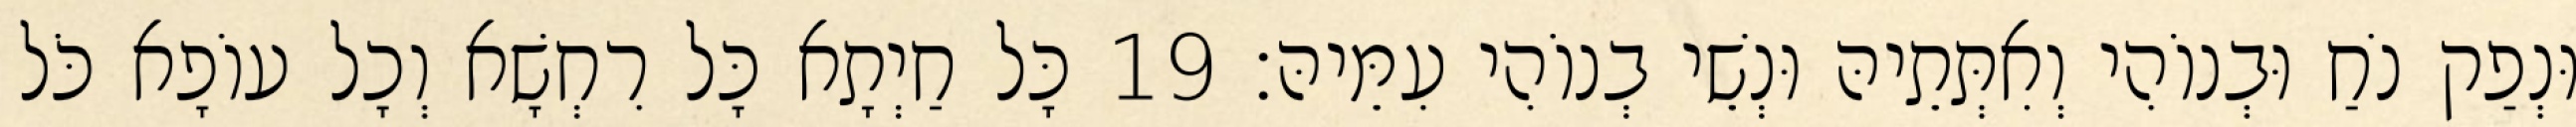
וּנְפַק נֹחַ וּבְנוֹהִי וְאִתְּתֵיהּ וּנְשֵׁי בְנוֹהִי עִמֵּיהּ׃ 19 כָּל חַיְתָא כָּל רִחְשָׁא וְכָל עוֹפָא כֹּל